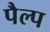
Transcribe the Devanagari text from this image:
पैल्प